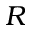
R